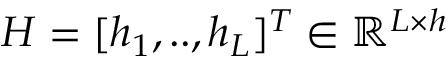
H = [ h _ { 1 } , . . , h _ { L } ] ^ { T } \in \mathbb { R } ^ { L \times h }